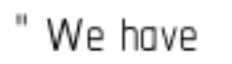
" We have